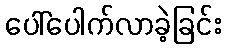
ပေါ်ပေါက်လာခဲ့ခြင်း